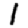
Digit: 1